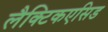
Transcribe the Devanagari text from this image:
लैक्टिकएसिड